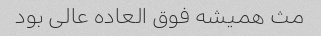
مث همیشه فوق العاده عالی بود